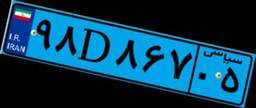
۹۷D۸۷۰۱۸